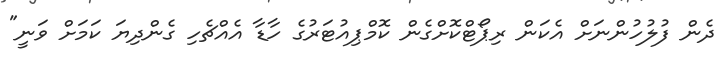
ދެން ފުލުހުންނަށް އެކަން ރިޕޯޓްކޮށްގެން ކޮމްޕިއުޓަރުގެ ހާޑާ އެއްޗެހި ގެންދިޔަ ކަމަށް ވަނީ"